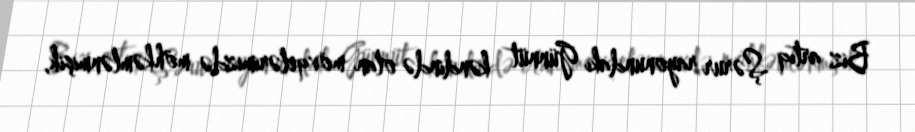
Biz artıq Şərur rayonundakı Günnüt kəndində olan mövqelərimizdə möhkəmlənmişik,